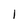
Character: 1